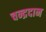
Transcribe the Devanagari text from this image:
चन्द्रदान